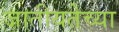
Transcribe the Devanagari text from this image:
जातीयतेच्या